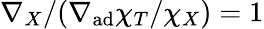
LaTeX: \nabla_{X}/(\nabla_{\mathrm{ad}}\chi_{T}/\chi_{X})=1